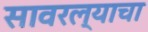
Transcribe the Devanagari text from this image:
सावरल्याचा